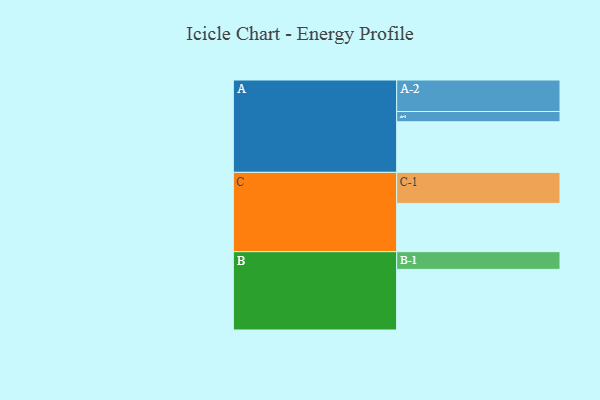
{"axis": {"x": "Segment", "y": "Value"}, "legend": ["", "A", "B", "C"], "data": [{"x": "A", "y": 422, "type": ""}, {"x": "B", "y": 506, "type": ""}, {"x": "C", "y": 403, "type": ""}, {"x": "A-1", "y": 86, "type": "A"}, {"x": "A-2", "y": 263, "type": "A"}, {"x": "B-1", "y": 148, "type": "B"}, {"x": "C-1", "y": 259, "type": "C"}]}